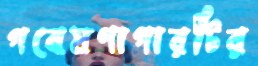
গবেষণাগারটির